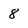
Character: 8